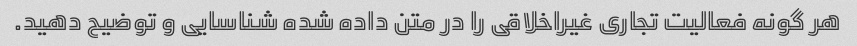
هر گونه فعالیت تجاری غیراخلاقی را در متن داده شده شناسایی و توضیح دهید.